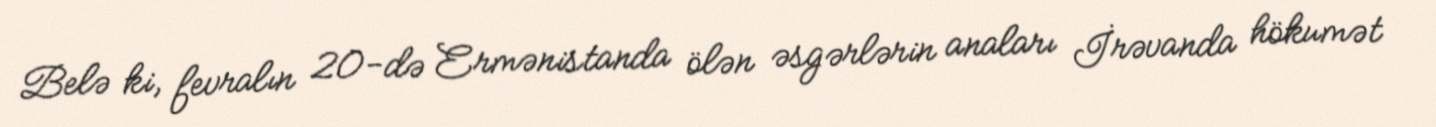
Belə ki, fevralın 20-də Ermənistanda ölən əsgərlərin anaları İrəvanda hökumət